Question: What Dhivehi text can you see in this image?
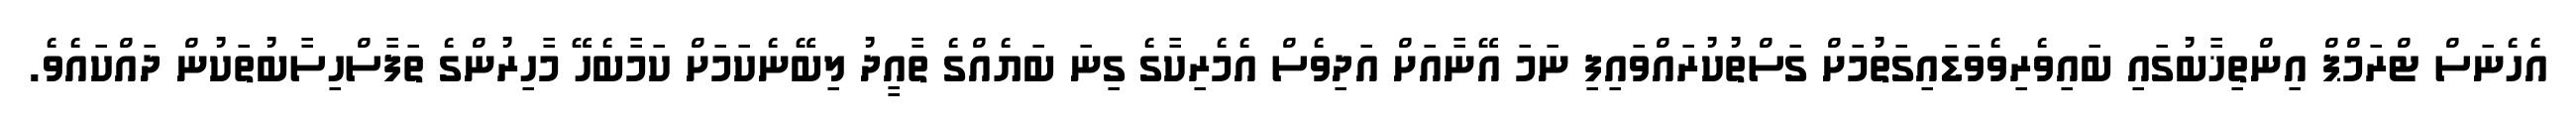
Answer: އެހެނަސް ޓްރަމްޕް އިންތިޚާބުގައި ބައިވެރިވެވަޑައިގަތުމަށް ގަސްތުކުރައްވައިފި ނަމަ އޭނާއަށް އަދިވެސް އެމެރިކާގެ ގިނަ ބަޔެއްގެ ތާއީދު ލިބޭނެކަމަށް ކަމާބެހޭ މާހިރުންގެ ތަފާސްހިސާބުތަކުން ދައްކައެވެ.